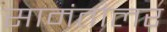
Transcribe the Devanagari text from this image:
सामंतांलर